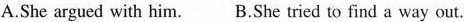
A.She argued with him. B.She tried to find a way out.